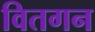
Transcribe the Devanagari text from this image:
वितगन